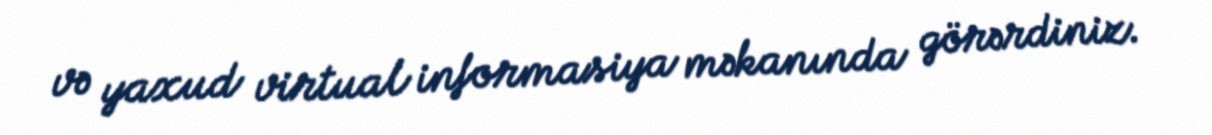
və yaxud virtual informasiya məkanında görərdiniz.